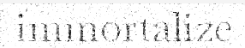
immortalize